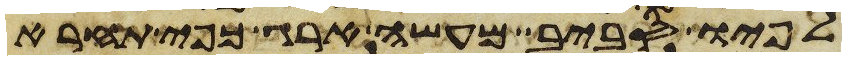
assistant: לפיו סביב מעשה ארג כפי תחרא